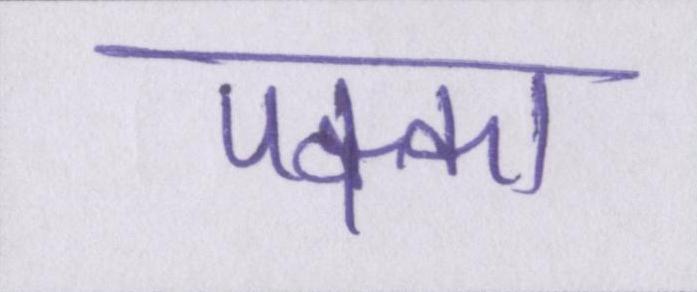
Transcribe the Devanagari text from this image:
पक्का